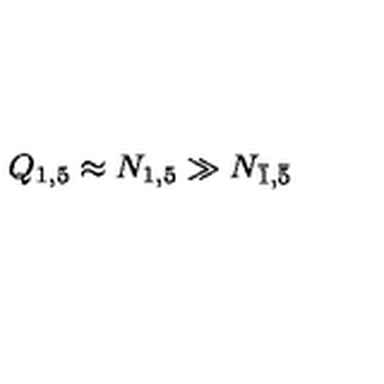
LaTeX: Q _ { 1 , 5 } \approx N _ { 1 , 5 } \gg N _ { \bar { 1 } , \bar { 5 } }